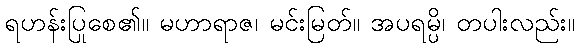
ရဟန်းပြုစေ၏။ မဟာရာဇ၊ မင်းမြတ်။ အပရမ္ပိ၊ တပါးလည်း။